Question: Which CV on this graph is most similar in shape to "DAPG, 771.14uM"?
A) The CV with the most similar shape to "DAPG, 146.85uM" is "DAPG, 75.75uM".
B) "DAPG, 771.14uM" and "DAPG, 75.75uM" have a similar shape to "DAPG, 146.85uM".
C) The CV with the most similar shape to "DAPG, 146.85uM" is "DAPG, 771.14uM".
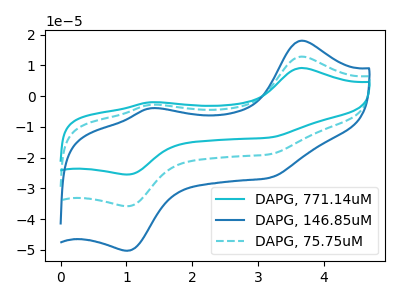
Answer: <think>The cyan curve "DAPG, 771.14uM" has anodic peaks at (3.65V, 25.65uA) (1.35V, -5.70uA) and cathodic peaks at (1.05V, -71.60uA) (3.20V, -37.85uA). The blue curve "DAPG, 146.85uM" has anodic peaks at (3.65V, 18.00uA) (1.35V, -4.00uA) and cathodic peaks at (1.05V, -50.30uA) (3.20V, -26.55uA). The cyan dashed curve "DAPG, 75.75uM" has anodic peaks at (3.65V, 12.80uA) (1.35V, -2.85uA) and cathodic peaks at (1.05V, -35.80uA) (3.20V, -18.90uA).
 All the peaks in "DAPG, 771.14uM" have a peak in "DAPG, 146.85uM" at the same potential. All the peaks in "DAPG, 771.14uM" have a peak in "DAPG, 75.75uM" at the same potential. All the peaks in "DAPG, 146.85uM" have a peak in "DAPG, 75.75uM" at the same potential.</think>
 <answer>B) "DAPG, 771.14uM" and "DAPG, 75.75uM" have a similar shape to "DAPG, 146.85uM".</answer>
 <eval>B</eval>